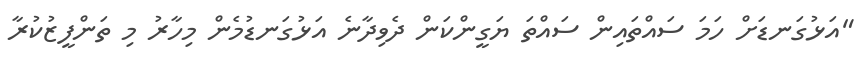
"އަޅުގަނޑަށް ހަމަ ސައްތައިން ސައްތަ ޔަގީންކަން ދެވިދާނެ އަޅުގަނޑުމެން މިހާރު މި ތަންފީޒުކުރާ